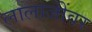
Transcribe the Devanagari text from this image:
लालाजींवर